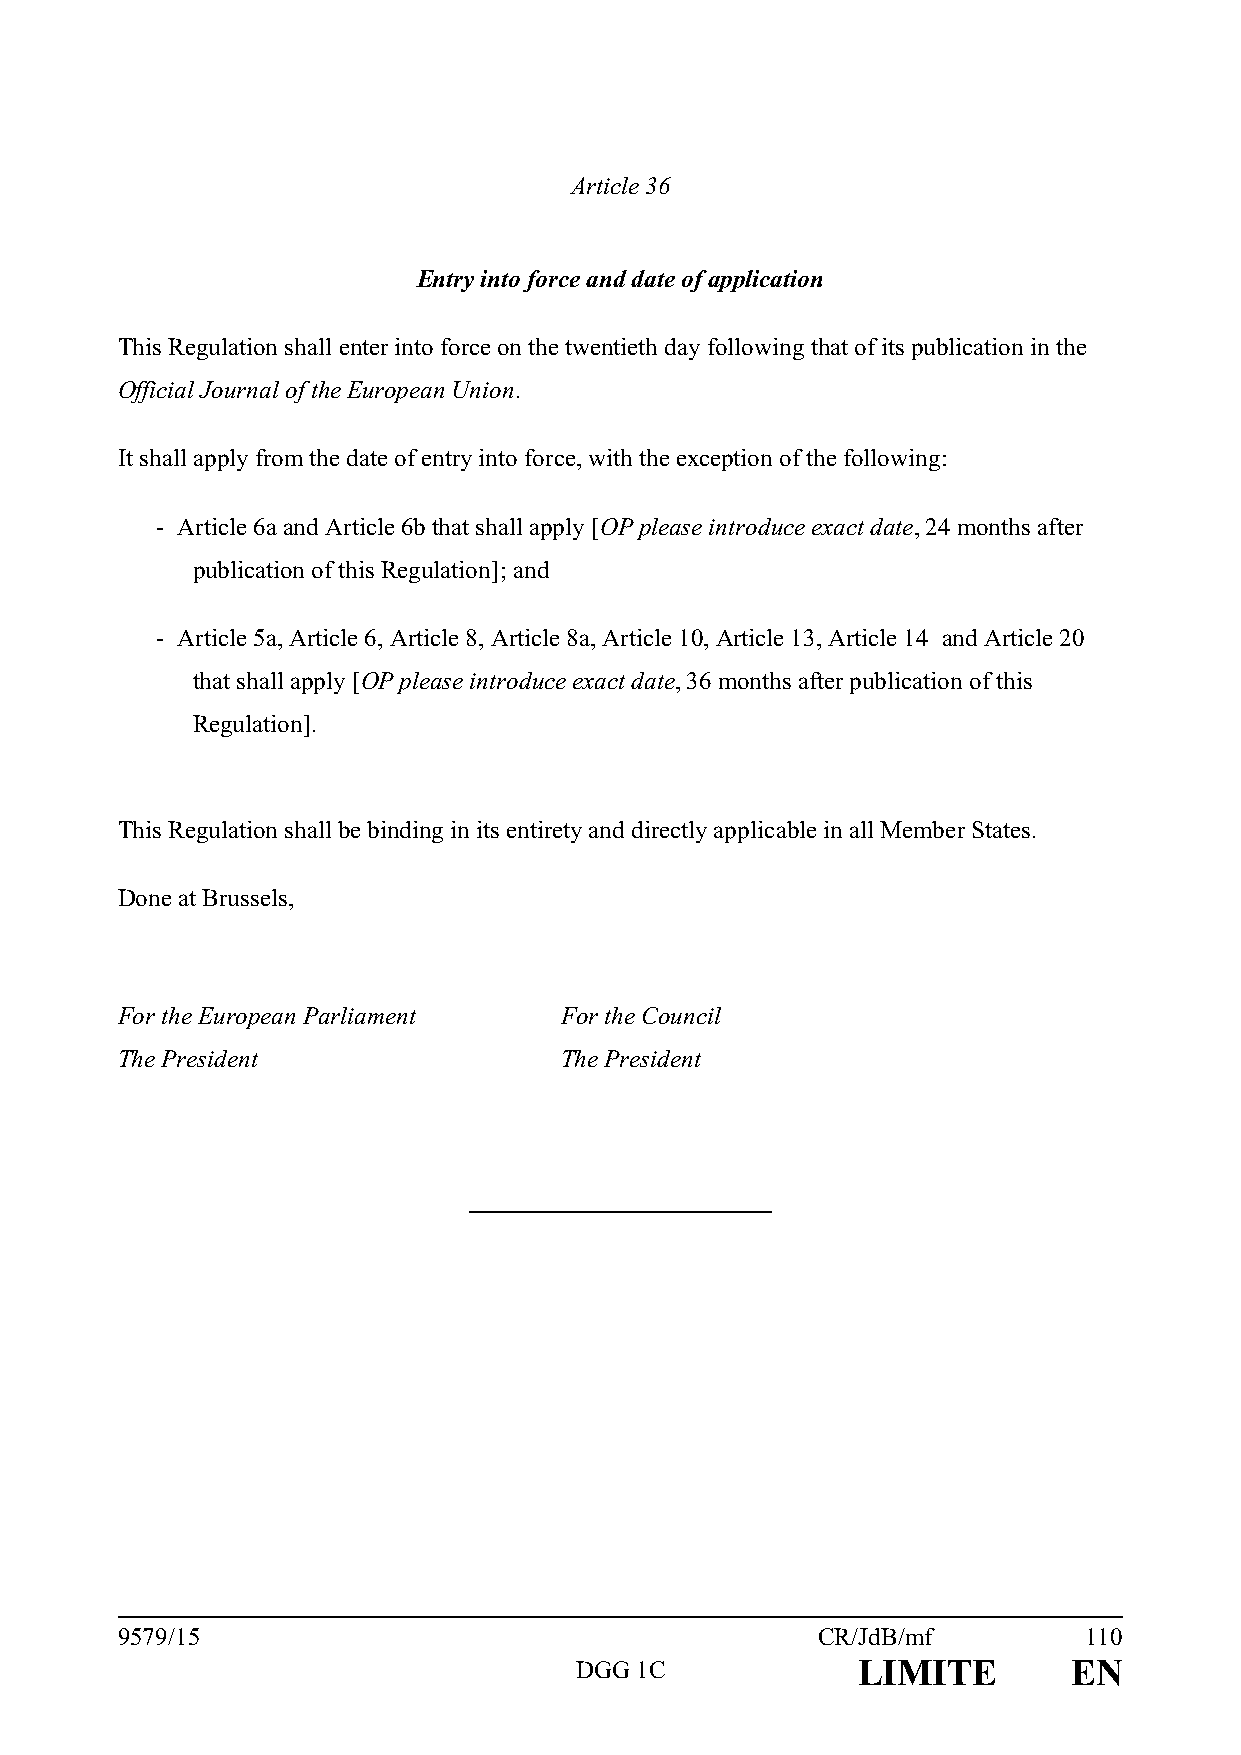
Article 36
 Entry into force and date of application
 This Regulation shall enter into force on the twentieth day following that of its publication in the
 Official Journal of the European Union.
 It shall apply from the date of entry into force, with the exception of the following:
 - Article 6a and Article 6b that shall apply [OP please introduce exact date, 24 months after
 publication of this Regulation]; and
 - Article 5a, Article 6, Article 8, Article 8a, Article 10, Article 13, Article 14 and Article 20
 that shall apply [OP please introduce exact date, 36 months after publication of this
 Regulation].
 This Regulation shall be binding in its entirety and directly applicable in all Member States.
 Done at Brussels,
 For the European Parliament  For the Council
 The President                The President
 9579/15                                       CR/JdB/mf         110
 DGG 1C             LIMITE        EN